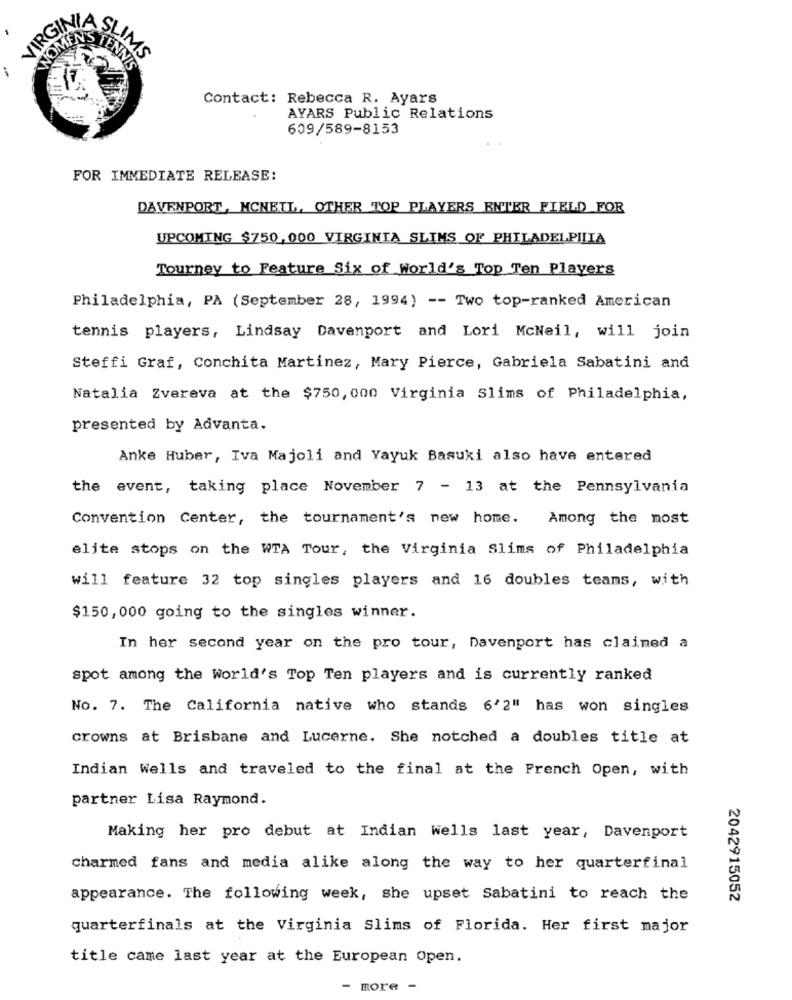
IMS
TENN
Contact: Rebecca R. Ayars
AYARS Public Relations
609/589-8153
FOR IMMEDIATE RELEASE:
DAVENPORT, MCNEIL, OTHER TOP PLAYERS ENTER FIELD FOR
UPCOMING $750,000 VIRGINIA SLIMS OF PHILADELPHIA
Tourney to Feature Six of World's Top Ten Players
Philadelphia, PA (September 28, 1994) -- Two top-ranked American
tennis players, Lindsay Davenport and Lori McNeil, will join
Steffi Graf, Conchita Martinez, Mary Pierce, Gabriela Sabatini and
Natalia Zvereva at the $750, 000 Virginia Slims of Philadelphia,
presented by Advanta.
Anke Huber, Iva Majoli and Yayuk Basuki also have entered
the event, taking place November 7 - 13 at the Pennsylvania
Convention Center, the tournament's new home. Among the most
elite stops on the WTA Tour, the Virginia Slims of Philadelphia
will feature 32 top singles players and 16 doubles teams, with
$150, 000 going to the singles winner.
In her second year on the pro tour, Davenport has claimed a
spot among the world's Top Ten players and is currently ranked
No. 7. The California native who stands 6'2" has won singles
crowns at Brisbane and Lucerne. She notched a doubles title at
Indian Wells and traveled to the final at the French Open, with
partner Lisa Raymond.
Making her pro debut at Indian wells last year, Davenport
charmed fans and media alike along the way to her quarterfinal
appearance. The following week, she upset Sabatini to reach the
2042915052
quarterfinals at the Virginia Slims of Florida. Her first major
title came last year at the European Open.
- more -